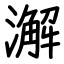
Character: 澥